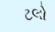
ટલો